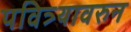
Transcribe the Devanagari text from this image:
पवित्र्यावरुन